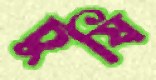
চুষি